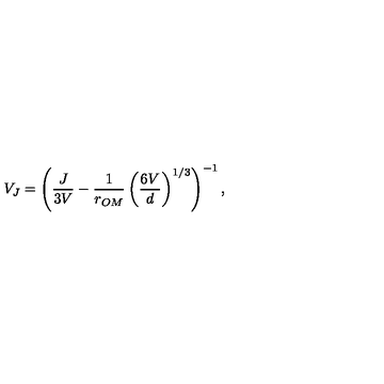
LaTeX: V _ { J } = \left( \frac { J } { 3 V } - \frac { 1 } { r _ { O M } } \left( \frac { 6 V } { d } \right) ^ { 1 / 3 } \right) ^ { - 1 } ,